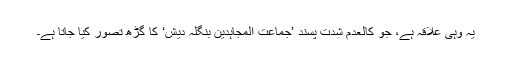
یہ وہی علاقہ ہے، جو کالعدم شدت پسند ’جماعت المجاہدین بنگلہ دیش‘ کا گڑھ تصور کیا جاتا ہے۔